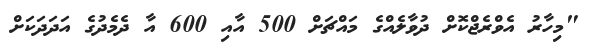
"މިހާރު އެވްރެޖްކޮށް ދުވާލެއްގެ މައްޗަށް 500 އާއި 600 އާ ދެމެދުގެ އަދަދަކަށް